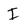
Character: I